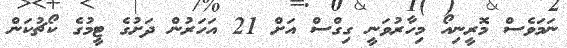
ނަމަވެސް މޮރީނިއޯ މިހާރުވަނީ ގިގްސް އަށް 21 އަހަރުން ދަށުގެ ޓީމުގެ ކޯޗުކަން